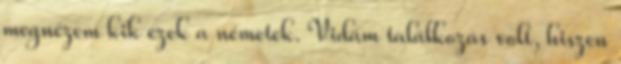
megnézem kik ezek a németek. Vidám találkozás volt, hiszen